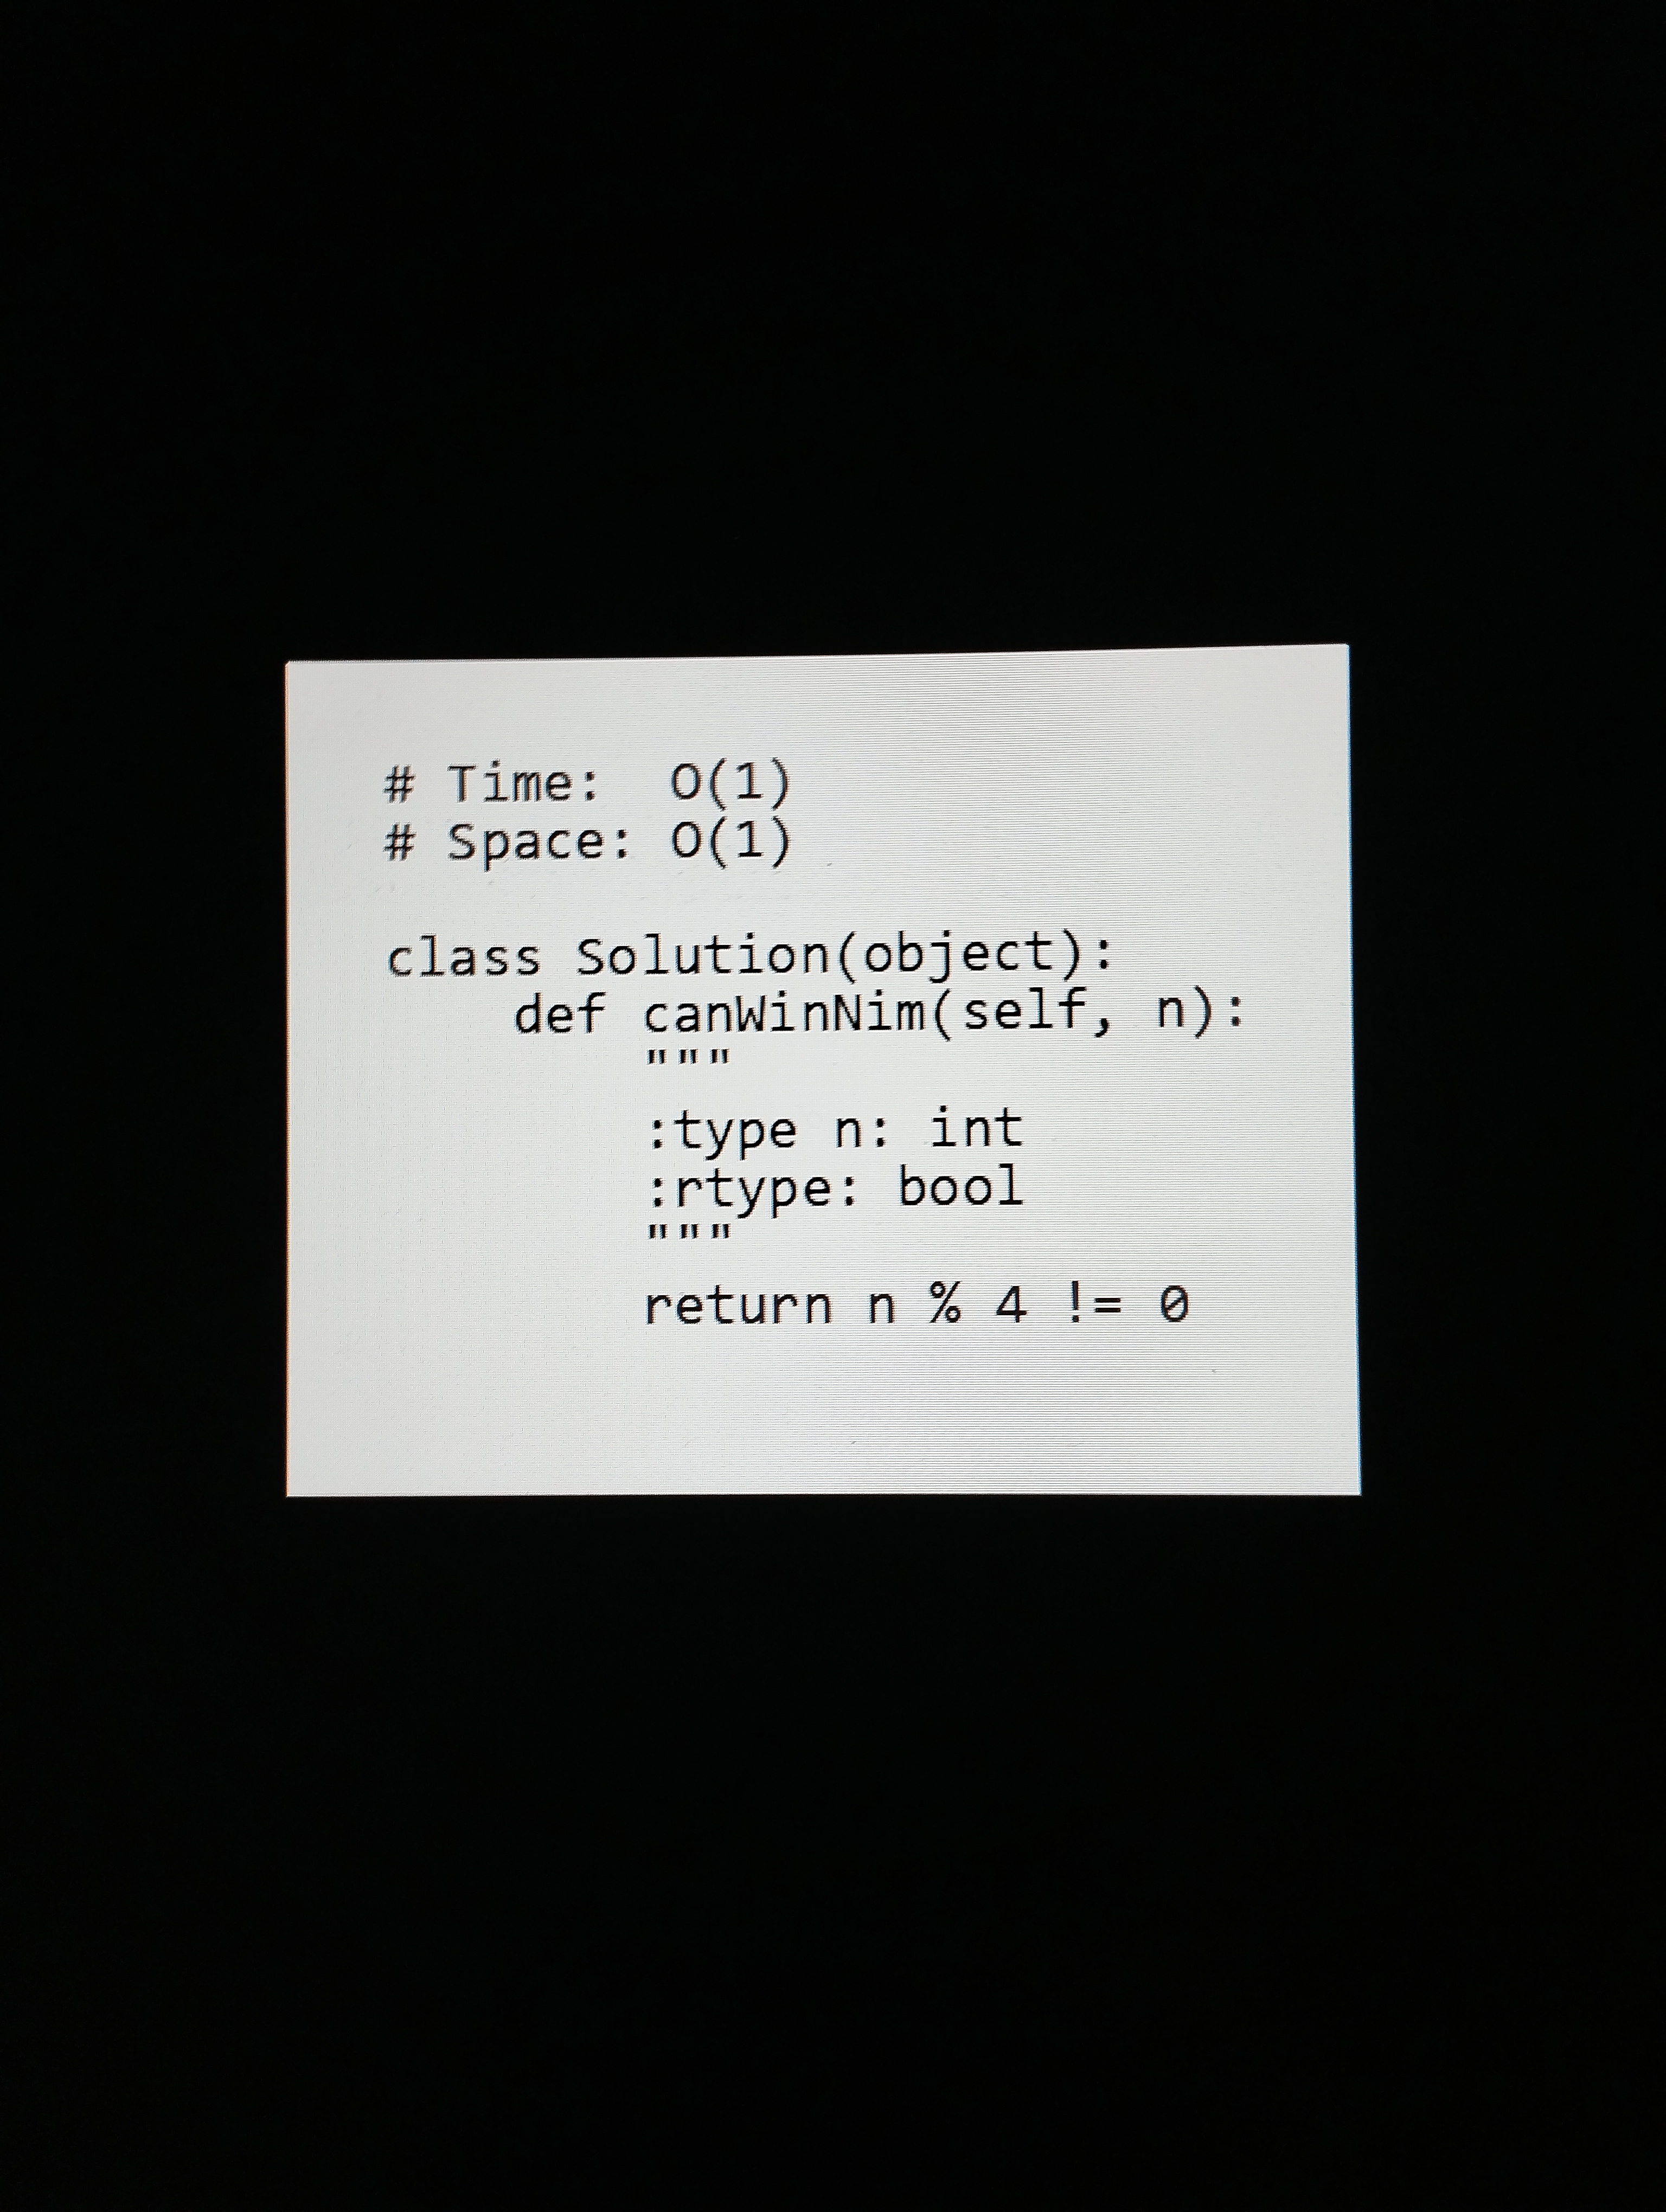
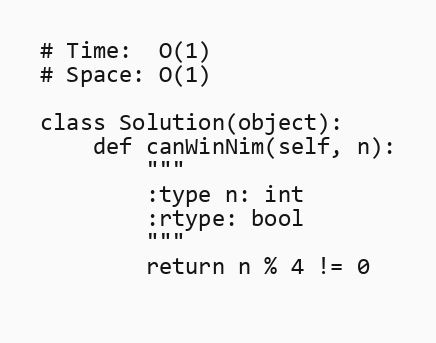
# Time:  O(1)
# Space: O(1)

class Solution(object):
    def canWinNim(self, n):
        """
        :type n: int
        :rtype: bool
        """
        return n % 4 != 0